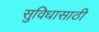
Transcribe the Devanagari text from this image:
सुविधासाठी